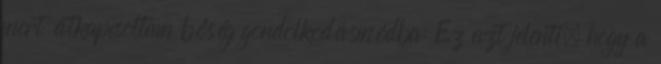
mert átkapcsoltam bőség gondolkodásmódba: Ez azt jelenti, hogy a